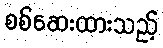
စစ်ဆေးထားသည့်